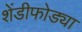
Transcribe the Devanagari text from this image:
शेंडीफोड्या